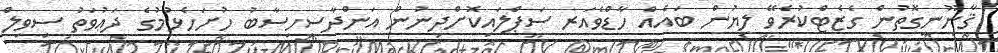
ޤާނޫނީގޮތުން ގެޒެޓްކުރެވޭ ލިޔުން ބައެއް ހާޑްވެއަރ ސަޕްލައިކޮށްދިނުން އަންދާސީހިސާބު ހުށަހެޅުމުގެ ދަޢުވަތު ސިވިލް